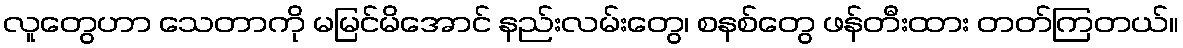
လူတွေဟာ သေတာကို မမြင်မိအောင် နည်းလမ်းတွေ၊ စနစ်တွေ ဖန်တီးထား တတ်ကြတယ်။